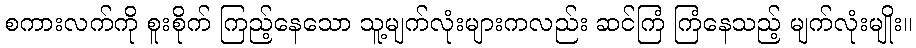
စကားလက်ကို စူးစိုက် ကြည့်နေသော သူ့မျက်လုံးများကလည်း ဆင်ကြံ ကြံနေသည့် မျက်လုံးမျိုး။